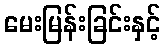
မေးမြန်းခြင်းနှင့်